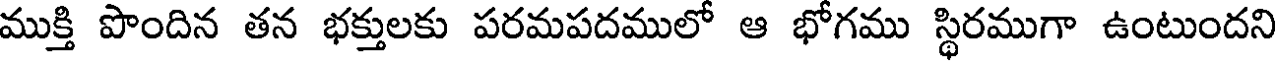
ముక్తి పొందిన తన భక్తులకు పరమపదములో ఆ భోగము స్థిరముగా ఉంటుందని